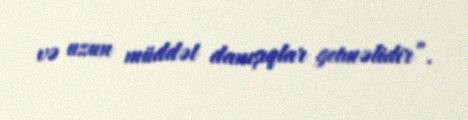
və uzun müddət danışıqlar getməlidir”.